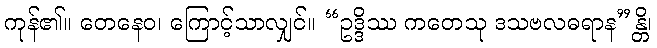
ကုန်၏။ တေနေဝ၊ ကြောင့်သာလျှင်။ “ဥဒ္ဒိဿ ကတေသု ဒသဗလဓရာန”န္တိ၊